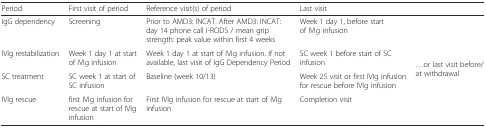
| Period | First visit of period | Reference visit(s) of period | <COLSPAN=2> Last visit |
 | --- | --- | --- | --- | --- |
 | IgG dependency | Screening | Prior to AMD3: INCAT. After AMD3: INCAT: day 14 phone call I-RODS / mean grip strength: peak value within first 4 weeks | Week 1 day 1, before start of IVIg infusion | <ROWSPAN=4> ...or last visit before/at withdrawal |
 | IVIg restabilization | Week 1 day 1 at start of IVIg infusion | Week 1 day 1 at start of IVIg infusion. If not available, last visit of IgG Dependency Period | SC week 1 before start of SC infusion |
 | SC treatment | SC week 1 at start of SC infusion | Baseline (week 10/13) | Week 25 visit or first IVIg infusion for rescue before IVIg infusion |
 | IVIg rescue | first IVIg infusion for rescue at start of IVIg infusion | First IVIg infusion for rescue at start of IVIg infusion | Completion visit |